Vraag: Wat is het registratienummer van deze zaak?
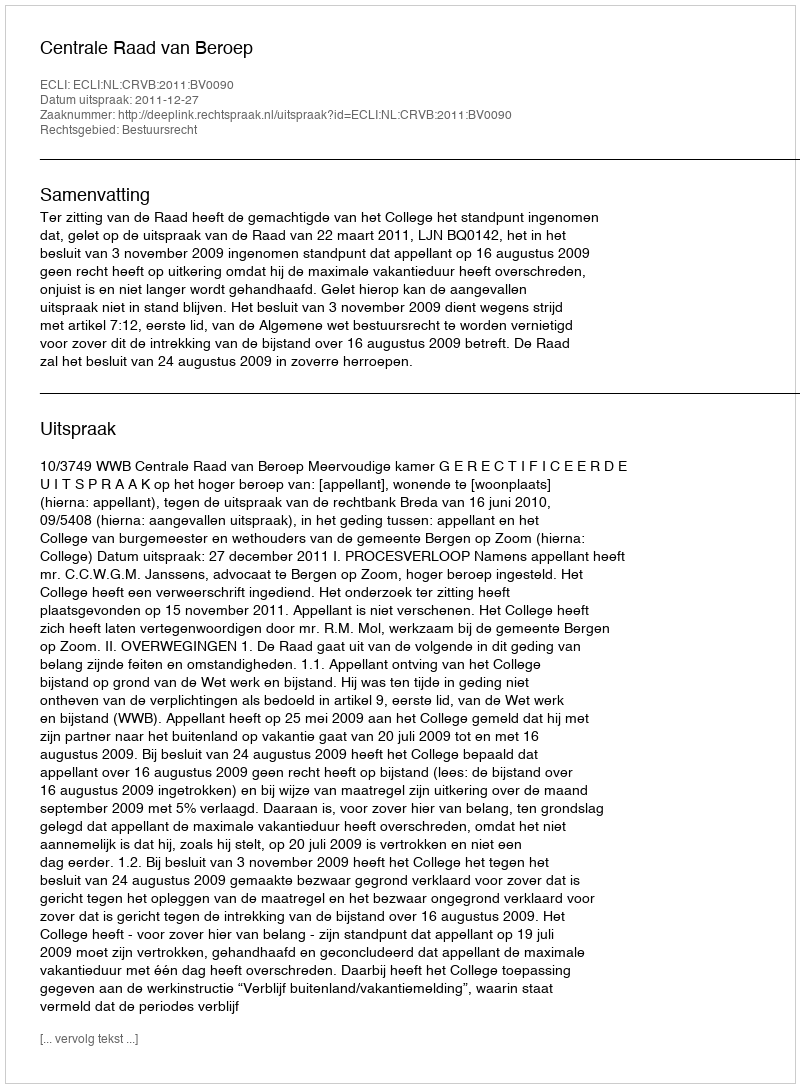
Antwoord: http://deeplink.rechtspraak.nl/uitspraak?id=ECLI:NL:CRVB:2011:BV0090